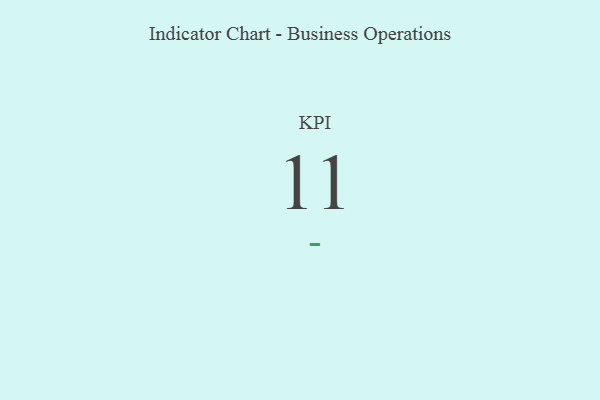
{"axis": {"x": "KPI", "y": "Value"}, "legend": [""], "data": [{"x": "KPI", "y": 11, "type": ""}]}